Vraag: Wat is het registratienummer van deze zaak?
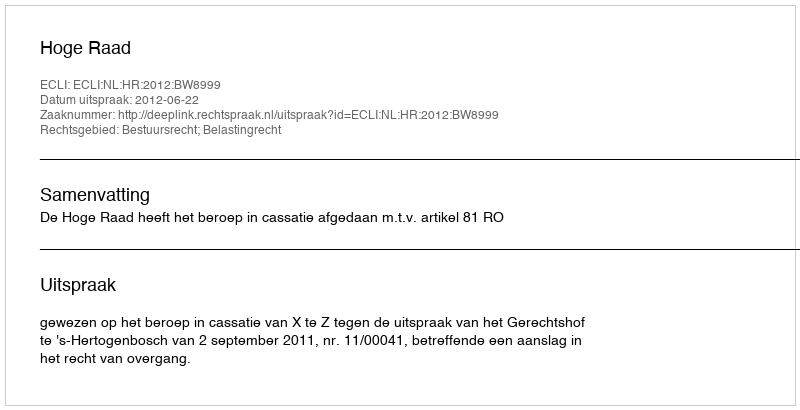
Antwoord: http://deeplink.rechtspraak.nl/uitspraak?id=ECLI:NL:HR:2012:BW8999